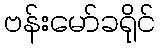
ဗန်းမော်ခရိုင်